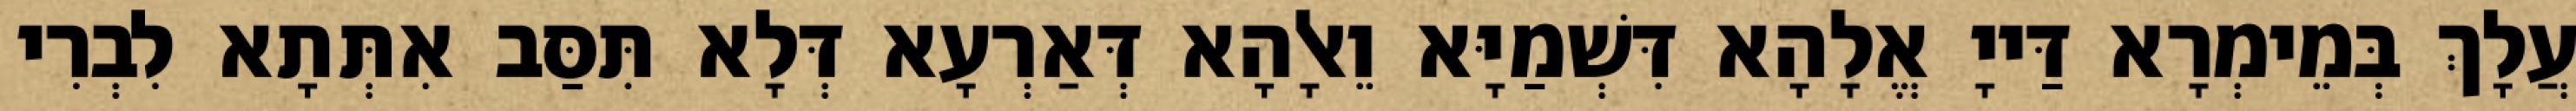
עֲלָךְ בְּמֵימְרָא דַּייָ אֱלָהָא דִּשְׁמַיָּא וֵאלָהָא דְּאַרְעָא דְּלָא תִּסַּב אִתְּתָא לִבְרִי